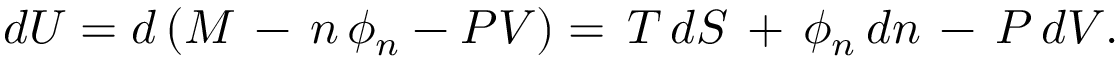
d U = d \left( M \, - \, n \, \phi _ { n } - P V \right) = \, T \, d S \, + \, \phi _ { n } \, d n \, - \, P \, d V .